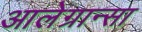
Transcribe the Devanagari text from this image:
आलेग्रान्सा